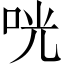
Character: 咣